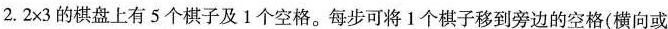
2.$$2 \times 3$$的棋盘上有5个棋子及1个空格。每步可将1个棋子移到旁边的空格(横向或